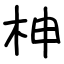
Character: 柛